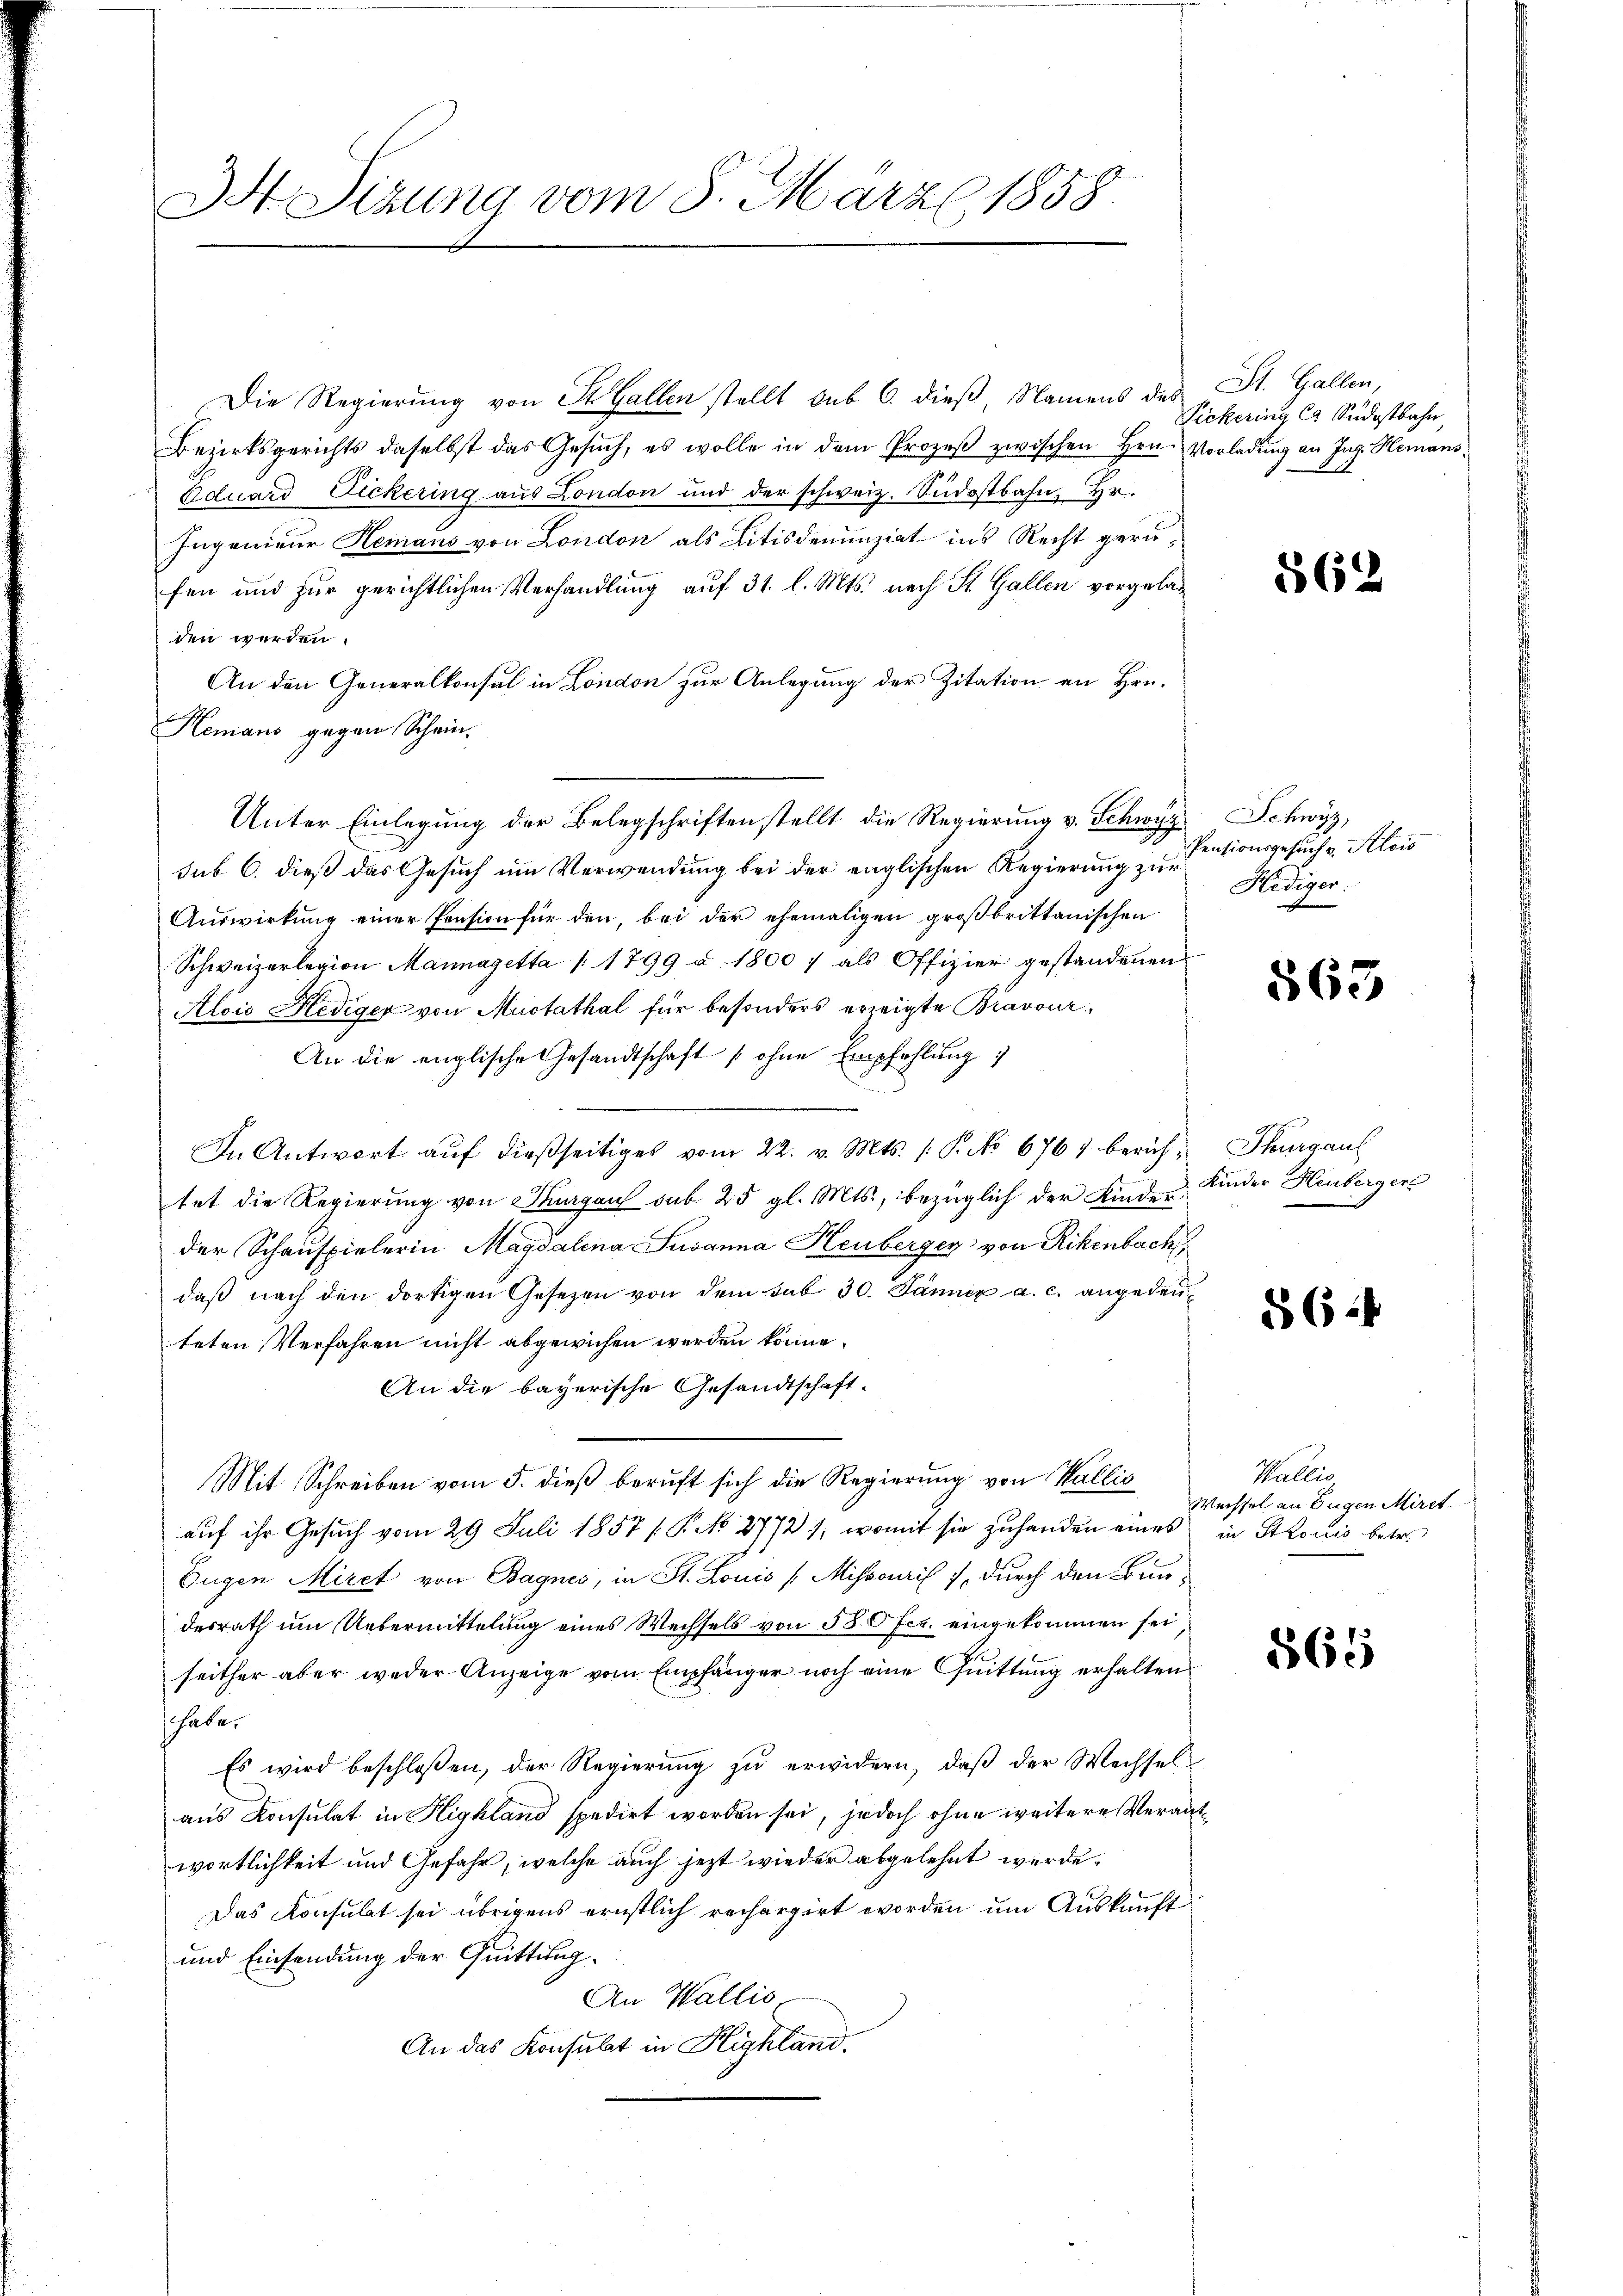
Ist. Sizung vom 8. März 1858.

Die Regierung von St. Gallen stellt sub 6. dieß, Namens des
Bezirksgerichts daselbst das Gesŭch, es wolle in dem Prozeβ zwischen Hrn. Vorladung an Ing. Hemans¬
Eduard Dickering aus London und der schweiz. Südostbahn, Hr.
Ingenieur Hemans von London als Litisdenunziat ins Recht gerufen und für gerichtlichen Verhandlung auf 31. l. Mts. nach St. Gallen vorgeladen werden.
An den Generalkonsul in London zur Anlegung der Zitation an Hrn.
Kemans gegen Schein.
sub 6. dieß das Gesuch um Verwendung bei der englischen Regierung zur
Auswirkung einer Pension für den, bei der ehemaligen großbrittanischen
Schweizerlegion Mannagetta 1799 u 1800 f als Offizier gestandenen
Alois Hediger von Mustathal für besonders erzeigte Bravour
An die englische Gesandtschaft (ohne Empfehlung
In Antwort aŭf dießseitiges vom 22. v. Mts. (T. No 6761 berich, Thurgau
tet die Regierung von Thurgau sub 25 gl. Mts., bezüglich der Kinder Kinder Heuberger
der Schauspielerin Magdalena Susanna Heuberger von Rikenbach
daβ nach den dortigen Gesetzen von dem sub 30. Jänner a. c. angeden
teten Verfahren nicht abgewichen werden könne.
An die bayerische Gesandtschaft-
Mit Schreiben vom 5. dieß beruft sich die Regierung von Wallis
auf ihr Gesuch vom 29. Juli 1857 / P. No 27721, womit sie zuhanden eines in Stroris betr.
Eugen Miret von Bagnes, in St. Louis (Mihsouris, durch den Bundesrath um Uebermittelung eines Wechsels von 580 fes. eingekommen sei,
seither aber weder Anzeige vom Empfänger noch eine Quittung erhalten
habe.
Es wird beschloßen, der Regierung zu erwidern, daß der Wechsel
aus Konsulat in Highland spedirt worden sei, jedoch ohne weitere Verantwortlichkeit und Gefahr, welche auch jetzt wieder abgelehnt werde.
Das Konsulat sei übrigens ernstlich rechargirt worden um Auskunft
und Einsendung der Quittung.
An Wallis
An das Konsulat in Highland.

Unter Einlegung der Belegschriften stellt die Regierung v. Schwyz

St. Gallen,
Sickering Ca Südostbahn,

562

Schwyz,
Pensionsgesuch v. Alois
Hediger:

863.

864

Wallis
Wechsel an Eugen Miret

565